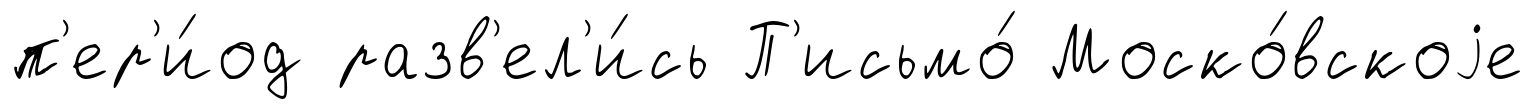
п'ер'и́од разв'ел'и́сь П'исьмо́ Моско́вскоjе